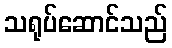
သရုပ်ဆောင်သည်